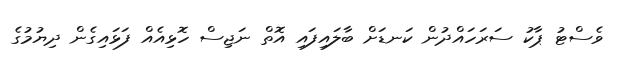
ވެސްޓު ޕާކު ސަރަހައްދުން ކަނޑަށް ބާލައިފައި އޮތް ނަޖިސް ހޮޅިއެއް ފަޅައިގެން ދިޔުމުގެ